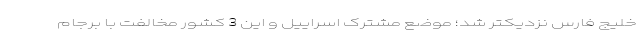
خلیج فارس نزدیکتر شد؛ موضع مشترک اسراییل و این 3 کشور مخالفت با برجام